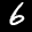
Label: 6